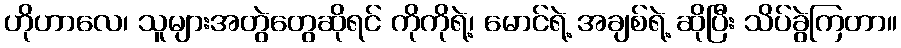
ဟိုဟာလေ၊ သူများအတွဲတွေဆိုရင် ကိုကိုရဲ့၊ မောင်ရဲ့ အချစ်ရဲ့ ဆိုပြီး သိပ်ခွဲကြတာ။